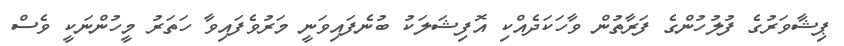
ޕިޝާވަރުގެ ފުލުހުންގެ ފަރާތުން ވާހަކަދެއްކި އޮފިޝަލަކު ބުނެފައިވަނީ މަރުވެފައިވާ ހަތަރު މީހުންނަކީ ވެސް